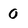
Character: 0